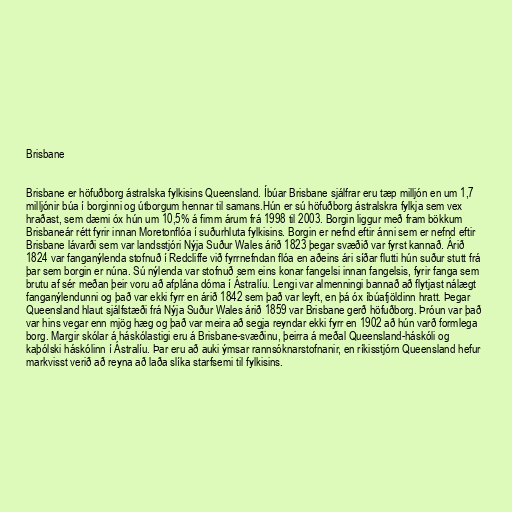
Brisbane

Brisbane er höfuðborg ástralska fylkisins Queensland. Íbúar Brisbane sjálfrar eru tæp milljón en um 1,7
milljónir búa í borginni og útborgum hennar til samans.Hún er sú höfuðborg ástralskra fylkja sem vex
hraðast, sem dæmi óx hún um 10,5% á fimm árum frá 1998 til 2003. Borgin liggur með fram bökkum
Brisbaneár rétt fyrir innan Moretonflóa í suðurhluta fylkisins. Borgin er nefnd eftir ánni sem er nefnd eftir
Brisbane lávarði sem var landsstjóri Nýja Suður Wales árið 1823 þegar svæðið var fyrst kannað. Árið
1824 var fanganýlenda stofnuð í Redcliffe við fyrrnefndan flóa en aðeins ári síðar flutti hún suður stutt frá
þar sem borgin er núna. Sú nýlenda var stofnuð sem eins konar fangelsi innan fangelsis, fyrir fanga sem
brutu af sér meðan þeir voru að afplána dóma í Ástralíu. Lengi var almenningi bannað að flytjast nálægt
fanganýlendunni og það var ekki fyrr en árið 1842 sem það var leyft, en þá óx íbúafjöldinn hratt. Þegar
Queensland hlaut sjálfstæði frá Nýja Suður Wales árið 1859 var Brisbane gerð höfuðborg. Þróun var það
var hins vegar enn mjög hæg og það var meira að segja reyndar ekki fyrr en 1902 að hún varð formlega
borg. Margir skólar á háskólastigi eru á Brisbane-svæðinu, þeirra á meðal Queensland-háskóli og
kaþólski háskólinn í Ástralíu. Þar eru að auki ýmsar rannsóknarstofnanir, en ríkisstjórn Queensland hefur
markvisst verið að reyna að laða slíka starfsemi til fylkisins.